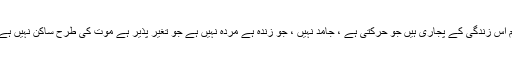
ہم اس زندگی کے پجاری ہیں جو حرکتی ہے ، جامد نہیں ، جو زندہ ہے مردہ نہیں ہے جو تغیر پذیر ہے موت کی طرح ساکن نہیں ہے۔